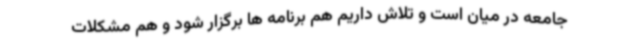
جامعه در میان است و تلاش داریم هم برنامه ها برگزار شود و هم مشکلات